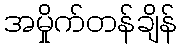
အမှိုက်တန်ချိန်